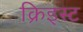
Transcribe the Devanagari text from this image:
क्रिइस्ट